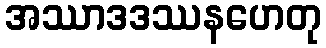
အဿာဒဒဿနဟေတု